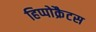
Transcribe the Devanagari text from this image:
हिप्पोक्रैटस